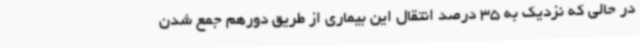
در حالی که نزدیک به 35 درصد انتقال این بیماری از طریق دورهم جمع شدن